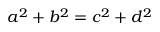
a ^ { 2 } + b ^ { 2 } = c ^ { 2 } + d ^ { 2 }